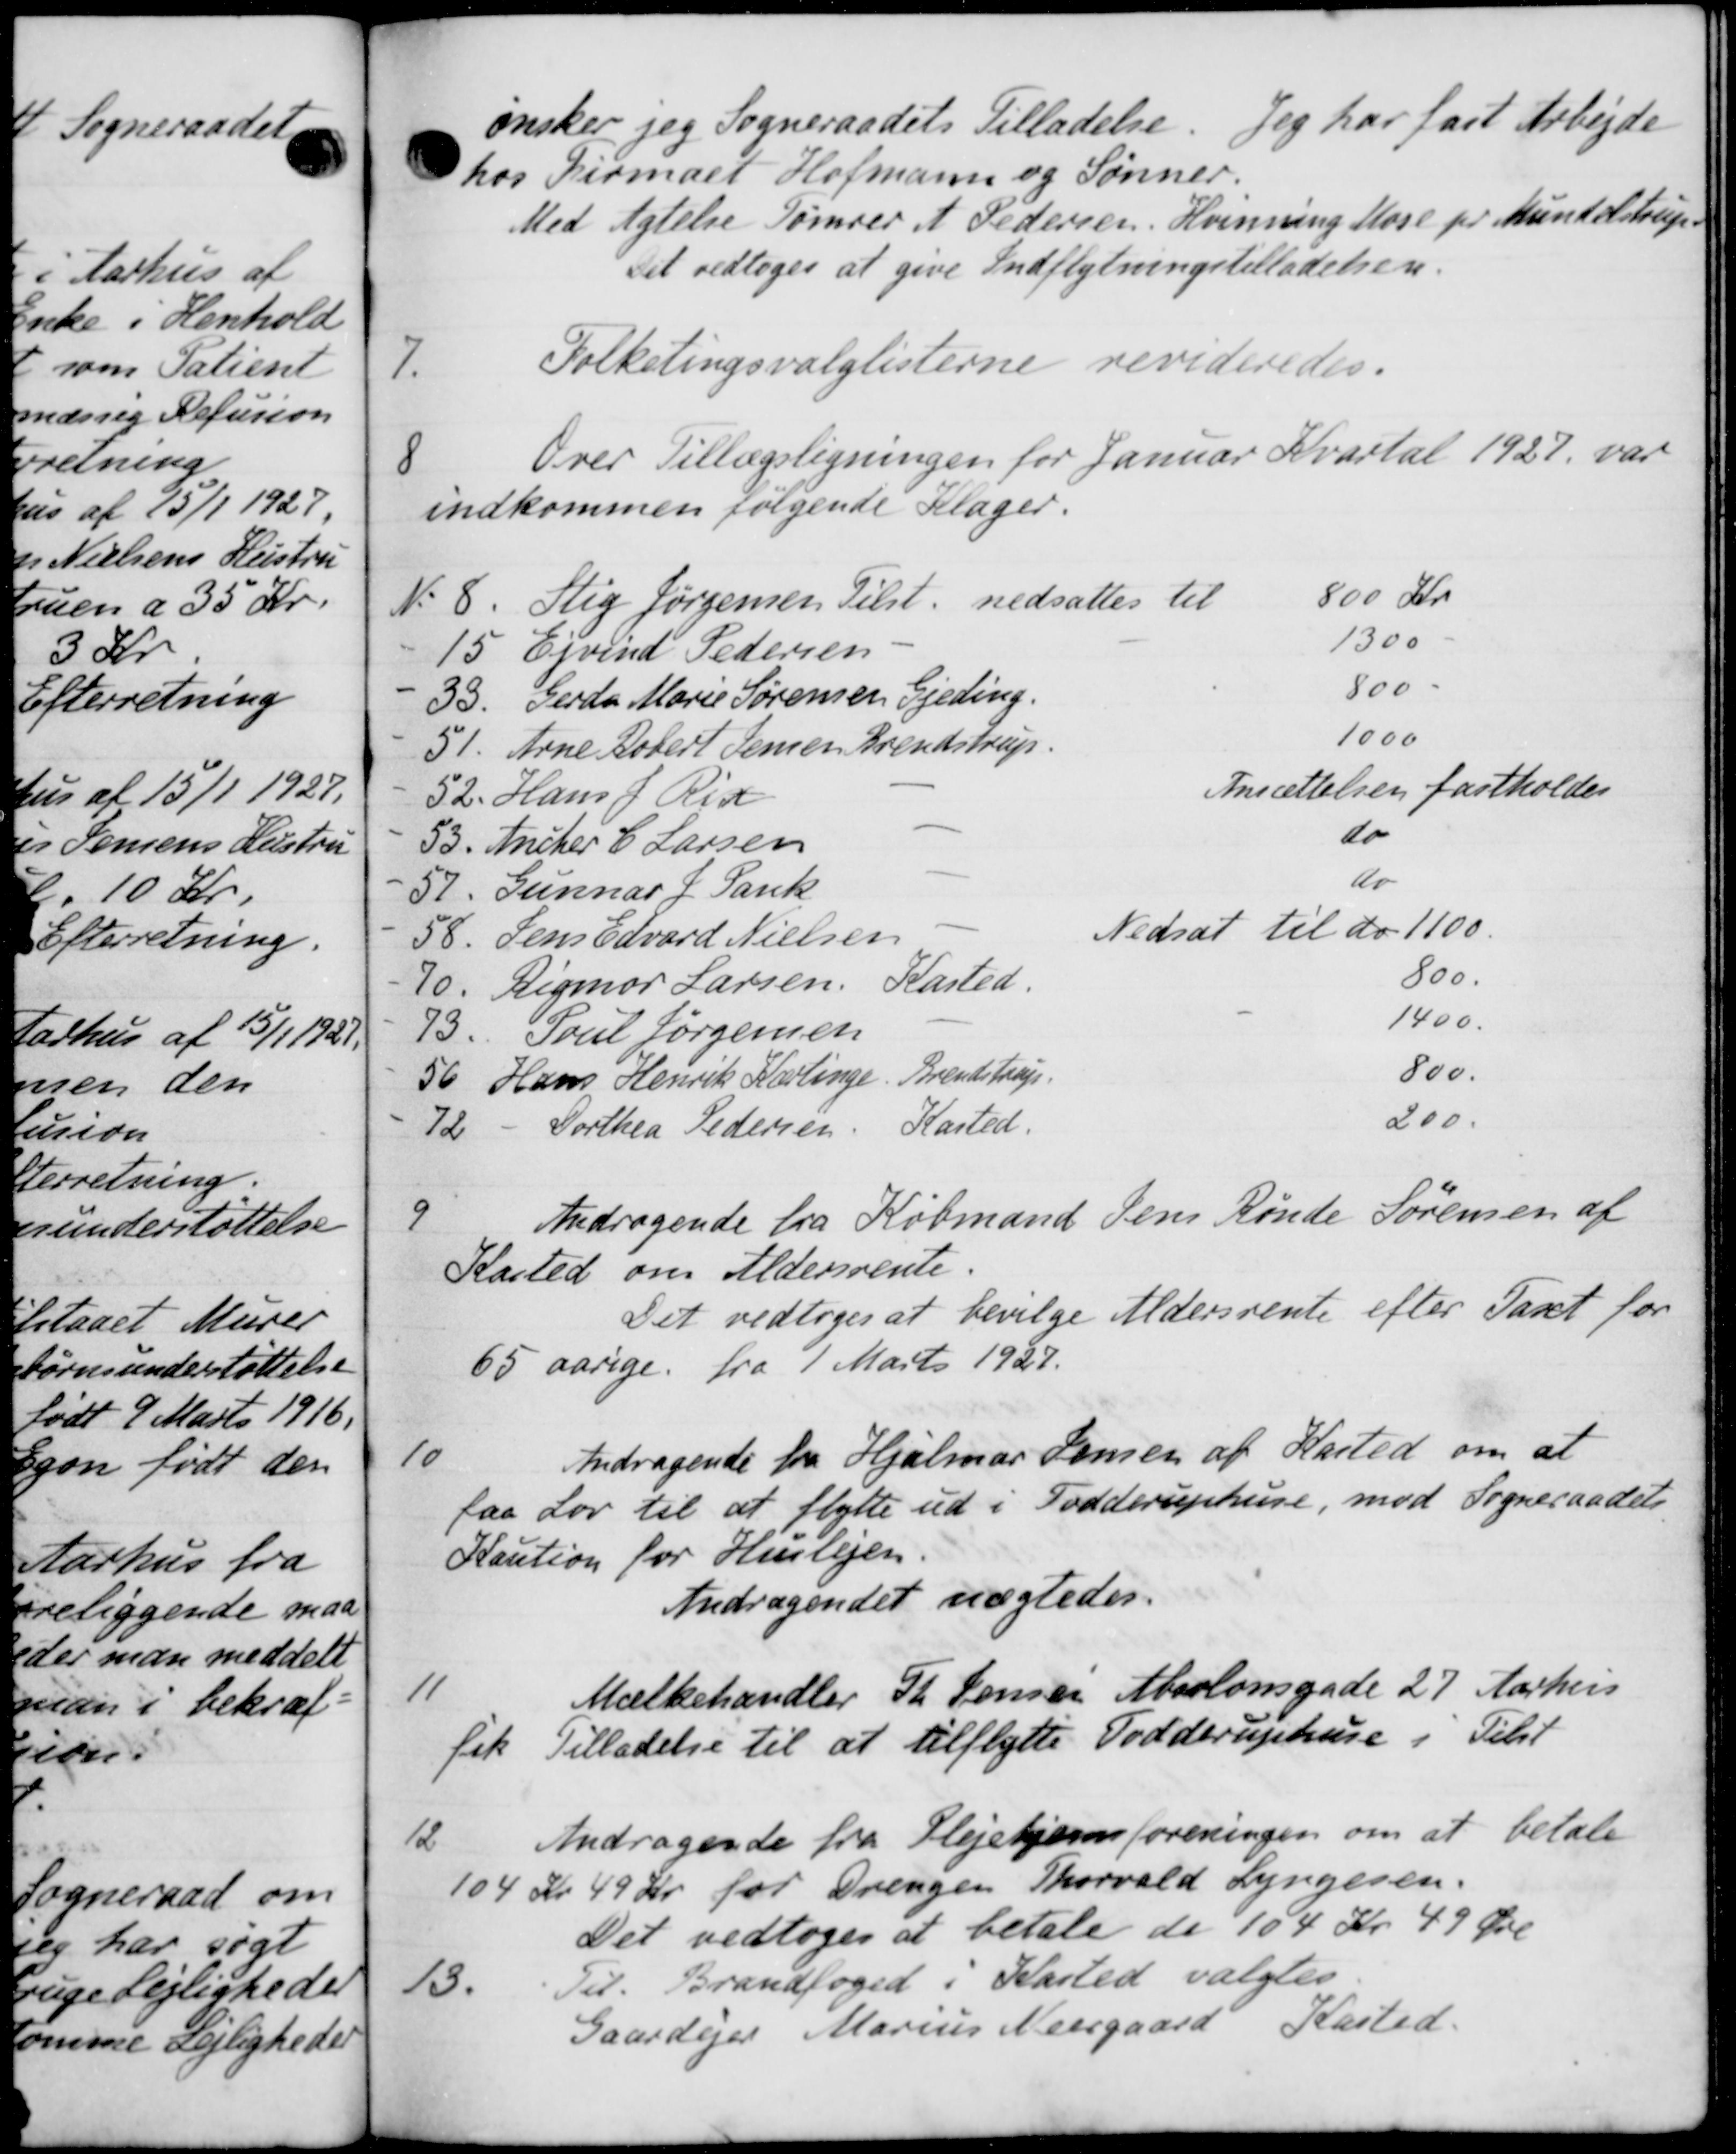
Transskription:
ønsker jeg Sogneraadets Tilladelse. Jeg har fast Arbejde
hos Dirmaet Hofmann og Sønner.
Med Agtelse Tømrer A Pedersen. Hvinning Mose pr. Muntolstrup.
Det vedtoges at give Indflytningstilladelsen.
7
Folketingsvalglisterne revideredes.
8
Over Tillægsligningen for Januar Kvartal 1927 var
indkommen følgende Klager.
N. 8. Stig Jørgensen Tilst. nedsattes til
800 Kr
15 Ejvind Pedersen
1300
35. Gerda Marie Sørensen, Gjeding.
800 -
51. Arne Dobert Jensen Brendstrup.
1000
52. Hans J. Ris
Ansættelsen fastholdes
53. Ancher C. Larsen
do
57. Gunnar J. Sank
do
58. Jens Edvard Nielsen
Nedsat til do 1100.
70. Rigmor Larsen. Kasted.
800.
1400
73. Poul Jørgensen
56 Hans Henrik Kærlinge Brendstrup.
800.
72 - Porthea Pedersen. Kasted.
200.
9
Andragende fra Købmand Jens Rønde Sørensen af
Kasted om Aldersrente.
Det vedtoges at bevilge Aldersrente efter Taset for
65 aarige fra 1 Marts 1927.
10
Andragende fra Hjalmar Jensen af Kasted om at
laa Lov til at flytte ud i Fodderuphuse, mod Sogneraadets
Kaution for Huslejen.
Andragendet nægtedes.
11
Mælkehandler Th. Jensen Absalonsgade 27 Aarhus
fik Tilladelse til at tilflytte Todderuphuse i Tilst
12
Andragende fra Plejehjemsforeningen om at betale
104 Kr 49 Kr for Drengen Thorvald Lyngesen.
Det vedtoges at betale de 104 Kr. 49 Øre
13.
Til Brandfoged i Kasted valgtes
Gaardejer Marius Neergaard Kasted